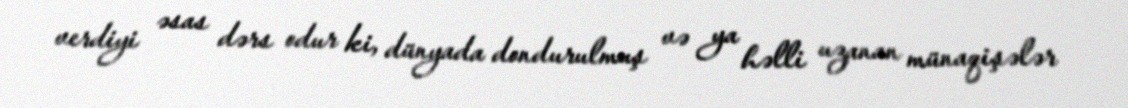
verdiyi əsas dərs odur ki, dünyada dondurulmuş və ya həlli uzanan münaqişələr